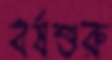
বর্ষশুরু